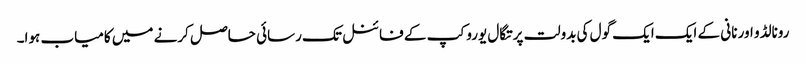
رونالڈو اور نانی کے ایک ایک گول کی بدولت پرتگال یورو کپ کے فائنل تک رسائی حاصل کرنے میں کامیاب ہوا۔